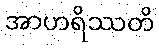
အာဟရိဿတိ